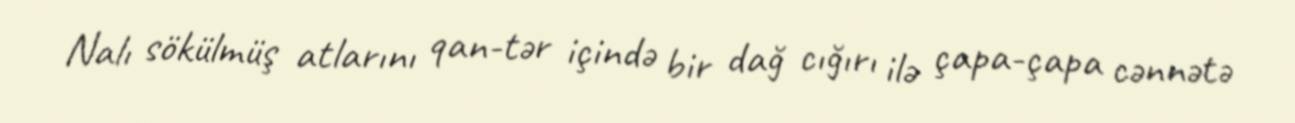
Nalı sökülmüş atlarını qan-tər içində bir dağ cığırı ilə çapa-çapa cənnətə